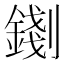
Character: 𨪑